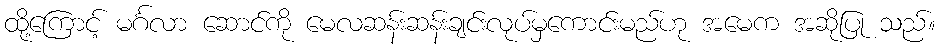
ထို့ကြောင့် မင်္ဂလာ ဆောင်ကို မေလဆန်းဆန်းချင်းလုပ်မှကောင်းမည်ဟု အမေက အဆိုပြု သည်။